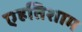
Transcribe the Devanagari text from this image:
एहतिशाम